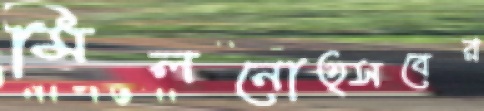
মিলনোত্সবের